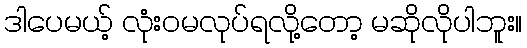
ဒါပေမယ့် လုံးဝမလုပ်ရလို့တော့ မဆိုလိုပါဘူး။